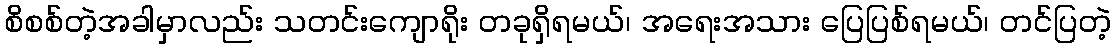
စိစစ်တဲ့အခါမှာလည်း သတင်းကျောရိုး တခုရှိရမယ်၊ အရေးအသား ပြေပြစ်ရမယ်၊ တင်ပြတဲ့